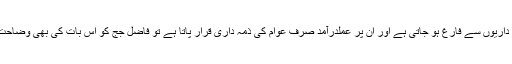
اس لیے اگر انصاف کا تقاضہ یہی ہے کہ حکومت قوانین کے اعلان کے ساتھ ہی اپنی ذمہ داریوں سے فارغ ہو جاتی ہے اور ان پر عملدرآمد صرف عوام کی ذمہ داری قرار پاتا ہے تو فاضل جج کو اس بات کی بھی وضاحت کر دینی چاہیے کہ پھر انتظامیہ اور عدلیہ کی سرے سے ضرورت ہی کیا رہ جاتی ہے؟